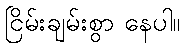
ငြိမ်းချမ်းစွာ နေပါ။